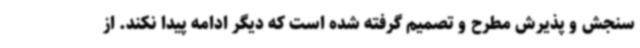
سنجش و پذیرش مطرح و تصمیم گرفته شده است که دیگر ادامه پیدا نکند. از